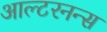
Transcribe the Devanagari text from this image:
आल्टरनन्स